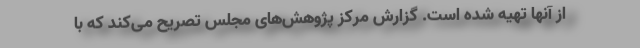
از آنها تهیه شده است. گزارش مرکز پژوهش‌های مجلس تصریح می‌کند که با